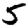
Digit: 5